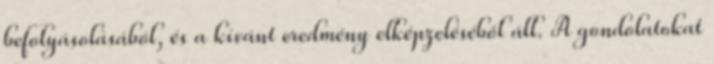
befolyásolásából, és a kívánt eredmény elképzeléséből áll. A gondolatokat